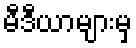
မီဒီယာများမှ